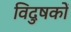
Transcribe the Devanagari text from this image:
विदुषकों